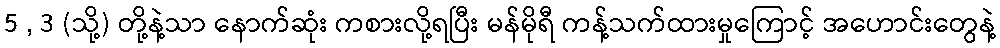
5 , 3 (သို့) တို့နဲ့သာ နောက်ဆုံး ကစားလို့ရပြီး မန်မိုရီ ကန့်သက်ထားမှုကြောင့် အဟောင်းတွေနဲ့